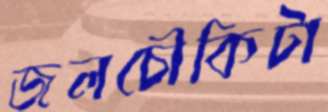
জলচৌকিটা